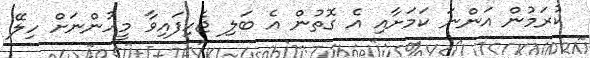
ކުރަމުން އަންނަ ކަމަށާއި އެ ގޮތުން އެ ބަލި ޖެހިފައިވާ މީހުންނަށް ހިލޭ